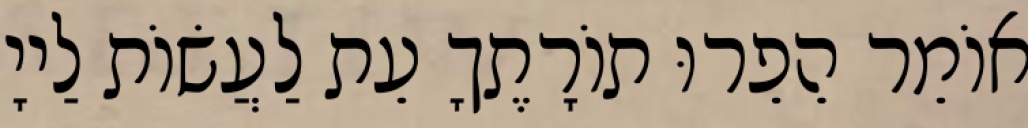
אוֹמֵר הֵפֵרוּ תוֹרָתֶךָ עֵת לַעֲשׂוֹת לַייָ